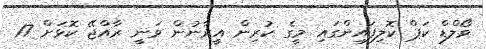
ވޯލްޑް ކަޕް ކޮލިފައިންގައި މީގެ ކުރިން އީރާނުން ވަނީ ރާއްޖޭ ކޮޅަށް 17